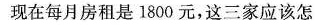
现在每月房租是1800元，这三家应该怎